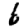
Digit: 6